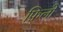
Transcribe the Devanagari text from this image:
फ़िलो